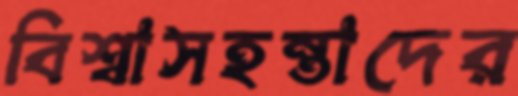
বিশ্বাসহন্তাদের